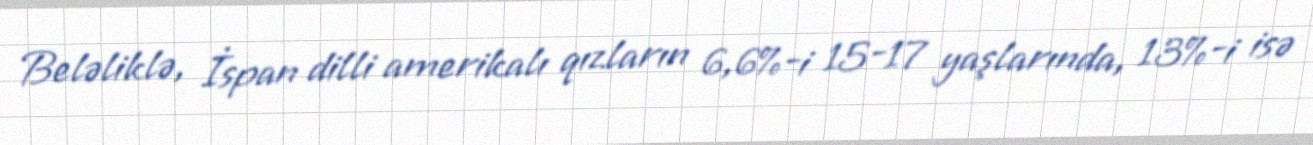
Beləliklə, İspan dilli amerikalı qızların 6,6%-i 15-17 yaşlarında, 13%-i isə